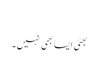
​
بھئی ایسا بھی نہیں۔